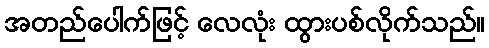
အတည်ပေါက်ဖြင့် လေလုံး ထွားပစ်လိုက်သည်။